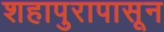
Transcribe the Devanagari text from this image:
शहापुरापासून